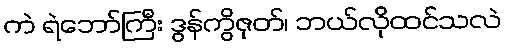
ကဲ ရဲဘော်ကြီး ဒွန်ကွိဇုတ်၊ ဘယ်လိုထင်သလဲ